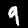
Label: 9